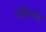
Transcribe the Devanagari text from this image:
निर्देशितहै